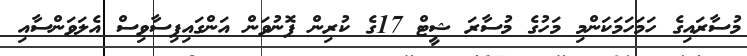
މުސާރައިގެ ހަމަހަމަކަންމި މަހުގެ މުސާރަ ޝީޓް 17ގެ ކުރިން ފޮނުވަން އަންގައިފިސާވިސް އެލަވަންސާއި